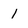
Character: 1